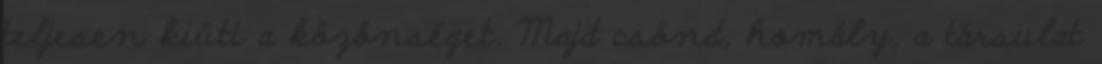
teljesen kiüti a közönséget. Majd csönd, homály, a társulat